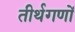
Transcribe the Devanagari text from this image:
तीर्थगणों